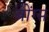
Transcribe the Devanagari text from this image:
बोंग्स